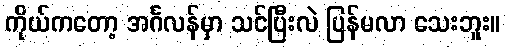
ကိုယ်ကတော့ အင်္ဂလန်မှာ သင်ပြီးလဲ ပြန်မလာ သေးဘူး။